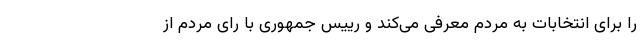
را برای انتخابات به مردم معرفی می‌کند و رییس جمهوری با رای مردم از